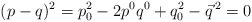
\begin{align*}(p-q)^2=p_0^2-2p^0q^0+q_0^2-\vec{q}^{\,2}=0\end{align*}